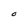
Character: O